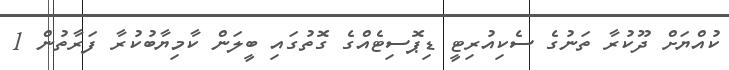
ކުއްޔަށް ދޫކުރާ ތަނުގެ ސެކިއުރިޓީ ޑިޕޮސިޓެއްގެ ގޮތުގައި ބީލަން ކާމިޔާބުކުރާ ފަރާތުން 1